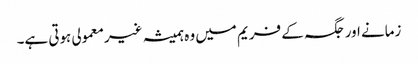
زمانے اورجگہ کے فریم میں وہ ہمیشہ غیرمعمولی ہوتی ہے۔